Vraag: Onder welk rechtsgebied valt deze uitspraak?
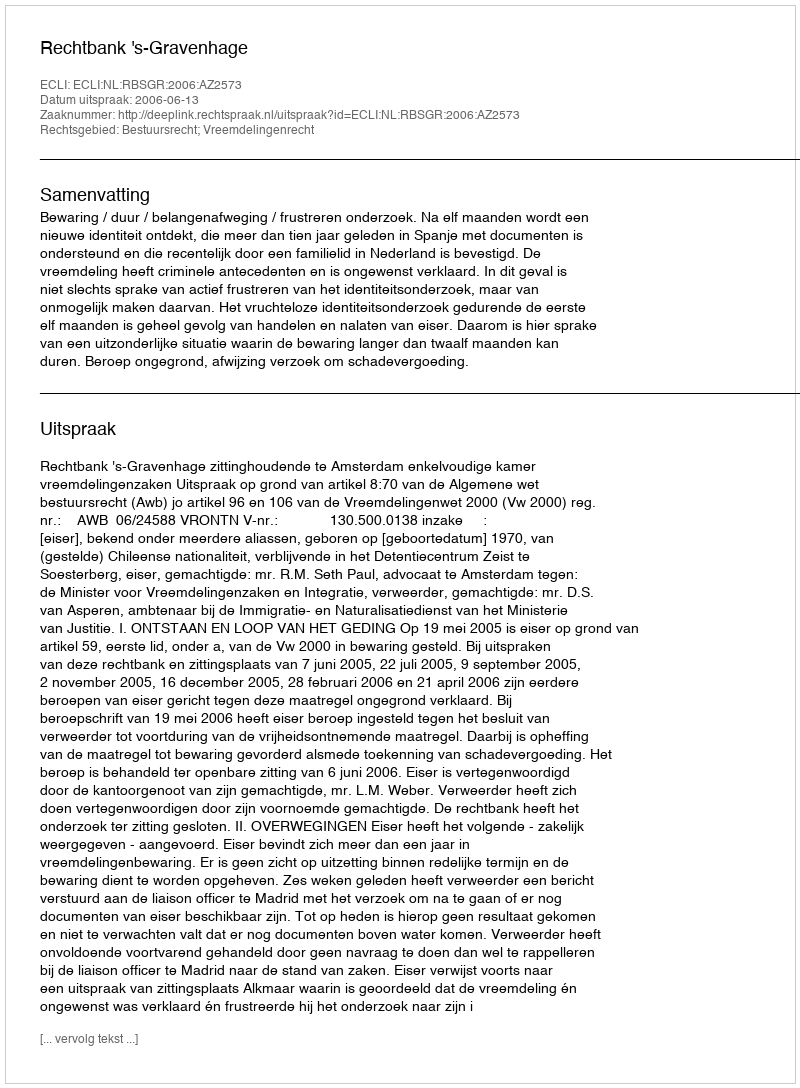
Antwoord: Bestuursrecht; Vreemdelingenrecht